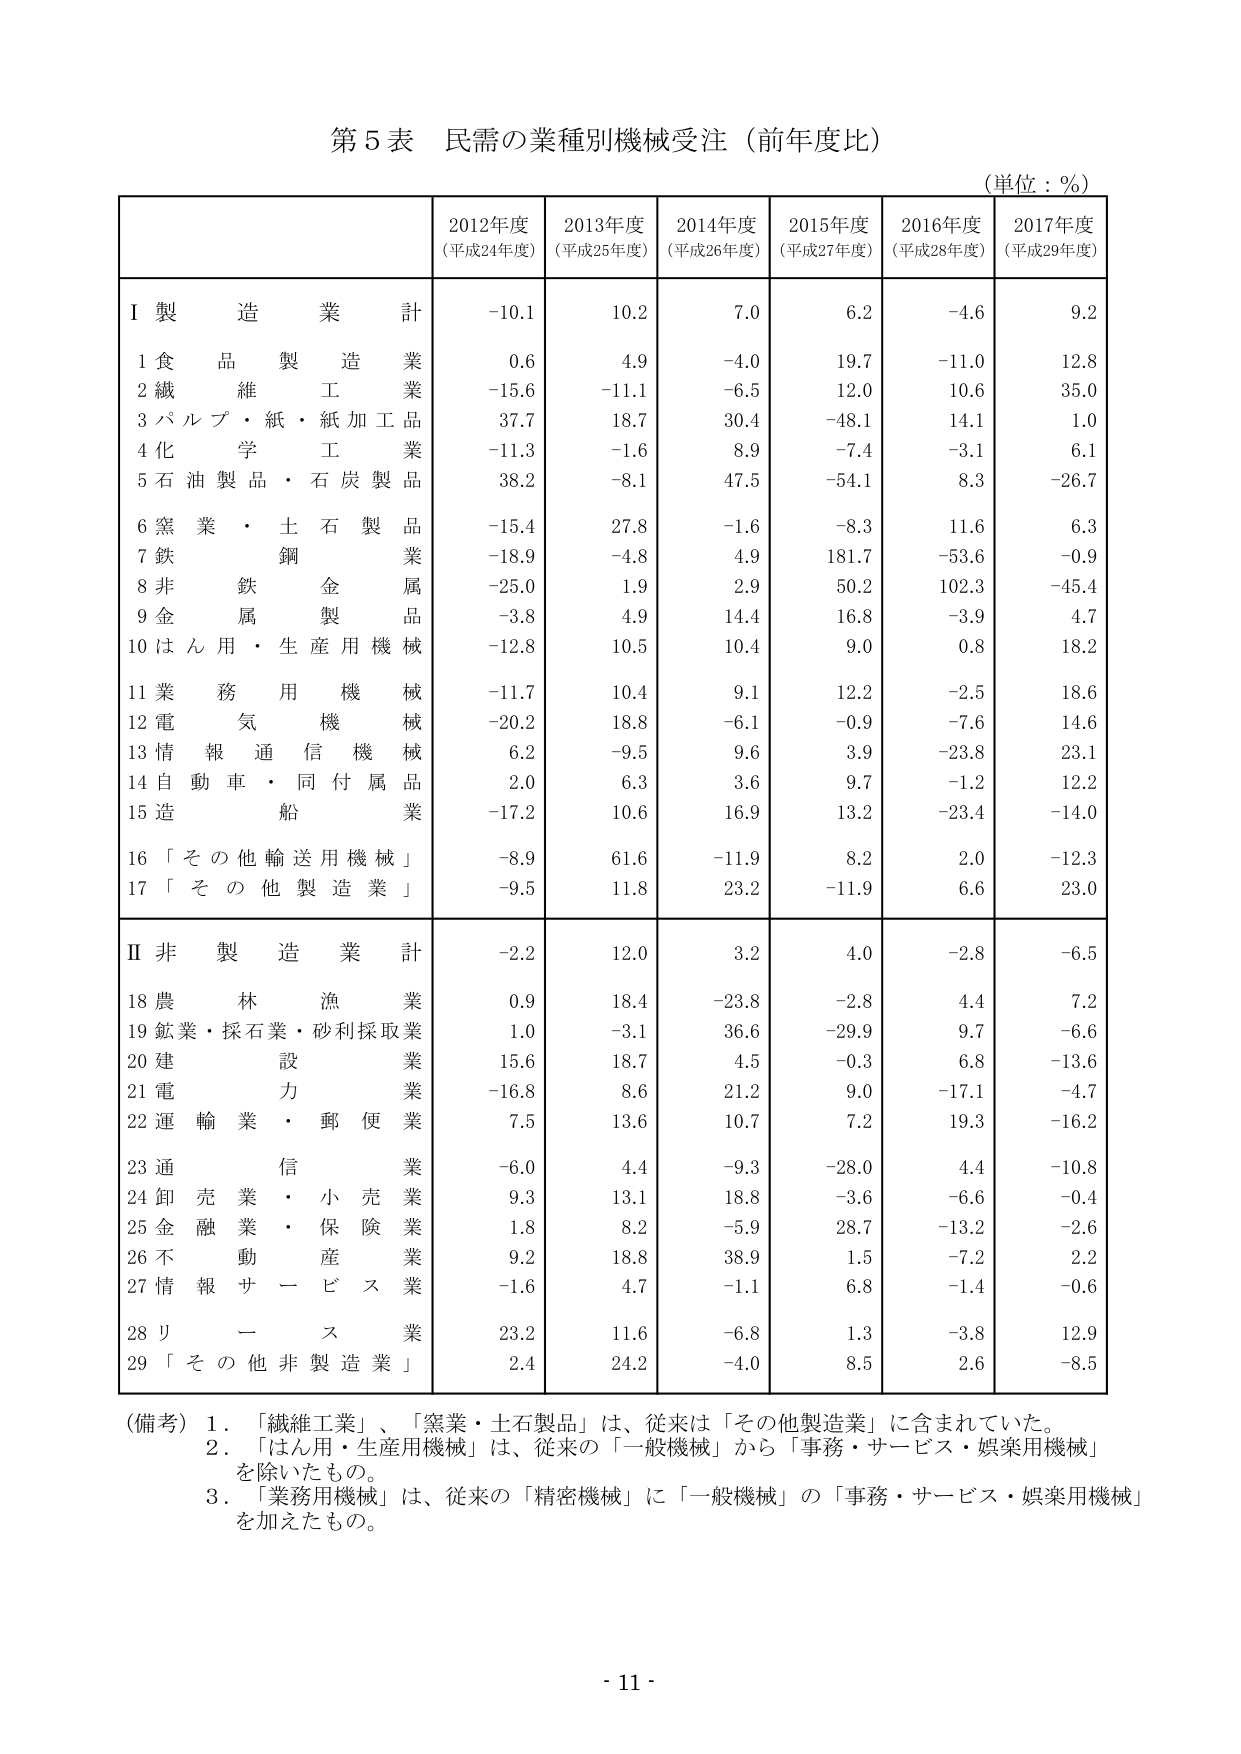
第５表 民需の業種別機械受注（前年度比）
（単位：％）

2012年度
（平成24年度）
2013年度
（平成25年度）
2014年度
（平成26年度）
2015年度
（平成27年度）
2016年度
（平成28年度）
2017年度
（平成29年度）

Ⅰ 製 造 業 計
-10.1
10.2
7.0
6.2
-4.6
9.2

1 食 品 製 造 業
0.6
4.9
-4.0
19.7
-11.0
12.8

2 繊 維 工 業
-15.6
-11.1
-6.5
12.0
10.6
35.0

3 パ ル プ ・ 紙 ・ 紙 加 工 品
37.7
18.7
30.4
-48.1
14.1
1.0

4 化 学 工 業
-11.3
-1.6
8.9
-7.4
-3.1
6.1

5 石 油 製 品 ・ 石 炭 製 品
38.2
-8.1
47.5
-54.1
8.3
-26.7

6 窯 業 ・ 土 石 製 品
-15.4
27.8
-1.6
-8.3
11.6
6.3

7 鉄 鋼 業
-18.9
-4.8
4.9
181.7
-53.6
-0.9

8 非 鉄 金 属 業
-25.0
1.9
2.9
50.2
102.3
-45.4

9 金 属 製 品
-3.8
4.9
14.4
16.8
-3.9
4.7

10 は ん 用 ・ 生 産 用 機 械
-12.8
10.5
10.4
9.0
0.8
18.2

11 業 務 用 機 械
-11.7
10.4
9.1
12.2
-2.5
18.6

12 電 気 機 械
-20.2
18.8
-6.1
-0.9
-7.6
14.6

13 情 報 通 信 機 械
6.2
-9.5
9.6
3.9
-23.8
23.1

14 自 動 車 ・ 同 付 属 品
2.0
6.3
3.6
9.7
-1.2
12.2

15 造 船 業
-17.2
10.6
16.9
13.2
-23.4
-14.0

16 「 そ の 他 輸 送 用 機 械 」
-8.9
61.6
-11.9
8.2
2.0
-12.3

17 「 そ の 他 製 造 業 」
-9.5
11.8
23.2
-11.9
6.6
23.0

Ⅱ 非 製 造 業 計
-2.2
12.0
3.2
4.0
-2.8
-6.5

18 農 林 漁 業
0.9
18.4
-23.8
-2.8
4.4
7.2

19 鉱 業 ・ 採 石 業 ・ 砂 利 採 取 業
1.0
-3.1
36.6
-29.9
9.7
-6.6

20 建 設 業
15.6
18.7
4.5
-0.3
6.8
-13.6

21 電 力 業
-16.8
8.6
21.2
9.0
-17.1
-4.7

22 運 輸 業 ・ 郵 便 業
7.5
13.6
10.7
7.2
19.3
-16.2

23 通 信 業
-6.0
4.4
-9.3
-28.0
4.4
-10.8

24 卸 売 業 ・ 小 売 業
9.3
13.1
18.8
-3.6
-6.6
-0.4

25 金 融 業 ・ 保 険 業
1.8
8.2
-5.9
28.7
-13.2
-2.6

26 不 動 産 業
9.2
18.8
38.9
1.5
-7.2
2.2

27 情 報 サ ー ビ ス 業
-1.6
4.7
-1.1
6.8
-1.4
-0.6

28 リ ー ス 業
23.2
11.6
-6.8
1.3
-3.8
12.9

29 「 そ の 他 非 製 造 業 」
2.4
24.2
-4.0
8.5
2.6
-8.5

（備考）1．「繊維工業」、「窯業・土石製品」は、従来は「その他製造業」に含まれていた。
　　　2．「はん用・生産用機械」は、従来の「一般機械」から「事務・サービス・娯楽用機械」
　　　　を除いたもの。
　　　3．「業務用機械」は、従来の「精密機械」に「一般機械」の「事務・サービス・娯楽用機械」
　　　　を加えたもの。

- 11 -